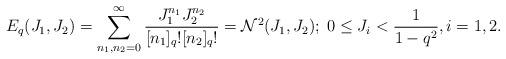
LaTeX: \begin{align*} E_q(J_1,J_2)= \sum_{n_1,n_2 = 0}^{\infty}\frac{J_1^{n_1}J_2^{n_2}}{[n_1]_q![n_2]_q!} = \mathcal{N}^2(J_1,J_2);\; 0 \le J_i < \frac{1}{1-q^2}, i =1,2 .\end{align*}